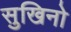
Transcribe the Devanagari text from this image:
सुखिनो